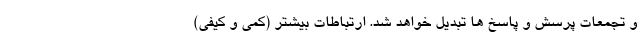
و تجمعات پرسش و پاسخ ها تبدیل خواهد شد. ارتباطات بیشتر (کمی و کیفی)